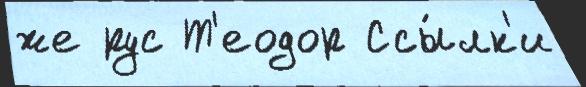
же рус Т'еодор Ссы́лк'и